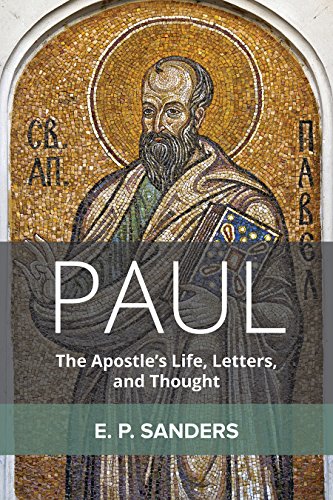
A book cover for Paul: The Apostle's Life, Letters, and Thought; E. P. Sanders; Christian Books & Bibles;